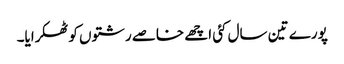
پورے تین سال کئی اچھے خاصے رشتوں کو ٹھکرایا۔